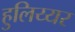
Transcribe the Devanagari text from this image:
हुलिय्यर